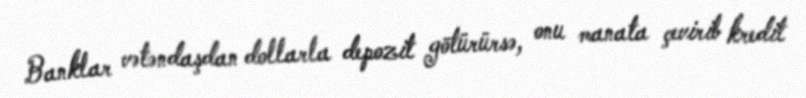
Banklar vətəndaşdan dollarla depozit götürürsə, onu manata çevirib kredit